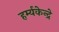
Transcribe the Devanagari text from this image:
हर्म्यकेन्द्रे